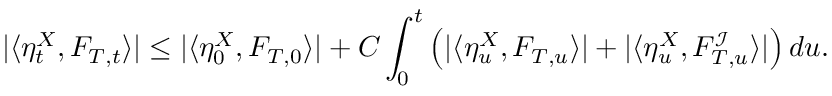
| \langle \eta _ { t } ^ { X } , F _ { T , t } \rangle | \leq | \langle \eta _ { 0 } ^ { X } , F _ { T , 0 } \rangle | + C \int _ { 0 } ^ { t } \left( | \langle \eta _ { u } ^ { X } , F _ { T , u } \rangle | + | \langle \eta _ { u } ^ { X } , F _ { T , u } ^ { \mathcal { I } } \rangle | \right) d u .